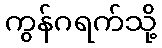
ကွန်ဂရက်သို့